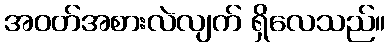
အဝတ်အစားလဲလျက် ရှိလေသည်။